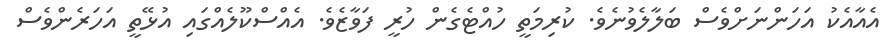
އެއާއެކު އަހަންނަށްވެސް ބަލާލެވުނެވެ. ކުރިމަތީ ހުއްޓެގެން ހުރީ ފަވާޒެވެ. އެއްސްކޫލެއްގައި އުޅޭތީ އަހަރެންވެސް